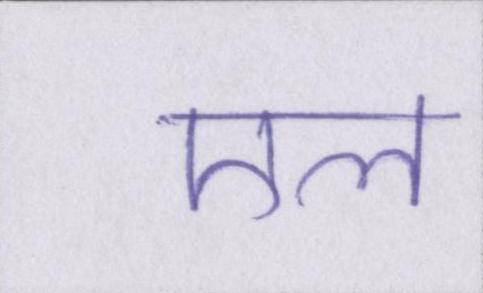
एल